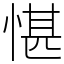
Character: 愖